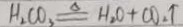
H _ { 2 } C O _ { 3 } \xlongequal { \Delta } H _ { 2 } O + C O _ { 2 } \uparrow